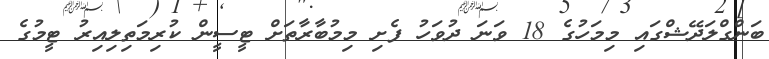
ބަންގްލަދޭޝްގައި މިމަހުގެ 18 ވަނަ ދުވަހު ފެށި މިމުބާރާތަށް ޓީސީން ކުރިމަތިލިއިރު ޓީމުގެ